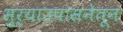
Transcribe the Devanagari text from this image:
सुर्याउपासनेतून